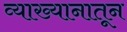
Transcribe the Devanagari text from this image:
व्याख्यानातून